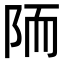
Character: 陑